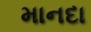
માનદા